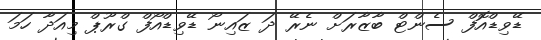
ޑޭވިޑްއޮފް ސެންޓް ބާޒާރަށް ނެރޭ ދަ ޒައިނޯ ޑޭވިޑްއޯފް ގްރޫޕް މިއަދާ ހަމަ